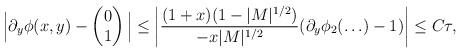
LaTeX: \begin{align*}\Big|\partial_y \phi(x,y)-\begin{pmatrix}0\\1\end{pmatrix}\Big|\leq \left|\frac{(1+x)(1-|M|^{1/2})}{-x|M|^{1/2}}(\partial_y\phi_2(\ldots)-1)\right|\leq C\tau,\end{align*}